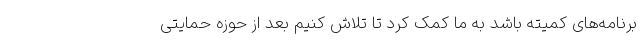
برنامه‌های کمیته باشد به ما کمک کرد تا تلاش کنیم بعد از حوزه حمایتی